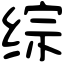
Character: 综